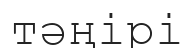
тәңірі